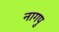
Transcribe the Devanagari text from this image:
नागपु